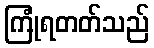
ကြုံရတတ်သည်